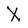
Character: X